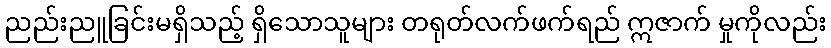
ညည်းညူခြင်းမရှိသည့် ရှိသောသူများ တရုတ်လက်ဖက်ရည် ဣဇာက် မှုကိုလည်း